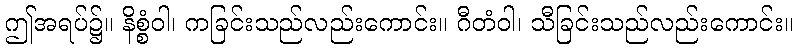
ဤအရပ်၌။ နိစ္စံဝါ၊ ကခြင်းသည်လည်းကောင်း။ ဂီတံဝါ၊ သီခြင်းသည်လည်းကောင်း။